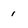
Character: i